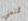
تمنعني